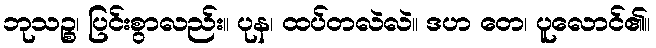
ဘုသဉ္စ၊ ပြင်းစွာလည်း။ ပုန၊ ထပ်တလဲလဲ။ ဒဟ တေ၊ ပူလောင်၏။